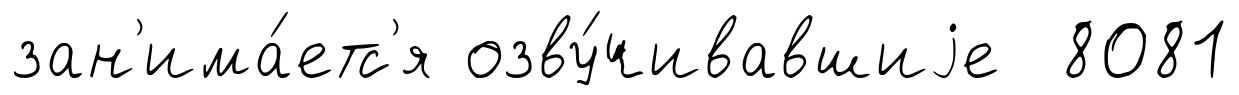
зан'има́етс'я озву́чивавшиjе 8081